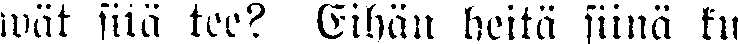
wät sitä tee? Eihän heitä siinä ku